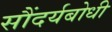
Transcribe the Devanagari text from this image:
सौंदर्यबोधी